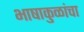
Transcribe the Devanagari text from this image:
भाषाकुळांचा